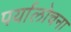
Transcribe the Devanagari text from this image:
पर्यालोचना